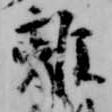
離